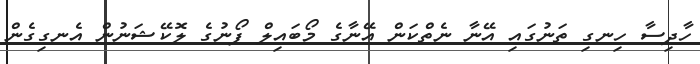
ހާދިސާ ހިނގި ތަނުގައި އޭނާ ނެތްކަން އޭނާގެ މޯބައިލް ފޯނުގެ ލޮކޭޝަނުން އެނގިގެން